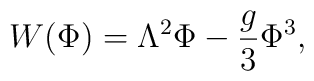
W(\Phi)=\Lambda^{2}\Phi-\frac{g}{3}\Phi^{3},